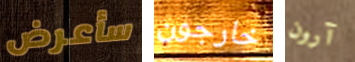
سأعرض خارجون آرون